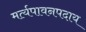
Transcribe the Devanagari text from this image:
मर्त्यपावनपदाय